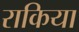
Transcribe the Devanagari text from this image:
राकिया